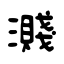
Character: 濺